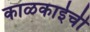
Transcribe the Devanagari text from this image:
काळकाईची